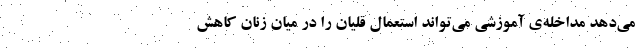
می‌دهد مداخله‌ی آموزشی می‌تواند استعمال قلیان را در میان زنان کاهش